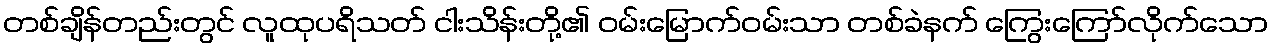
တစ်ချိန်တည်းတွင် လူထုပရိသတ် ငါးသိန်းတို့၏ ဝမ်းမြောက်ဝမ်းသာ တစ်ခဲနက် ကြွေးကြော်လိုက်သော